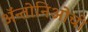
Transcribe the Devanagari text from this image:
ॲन्तोनिओची